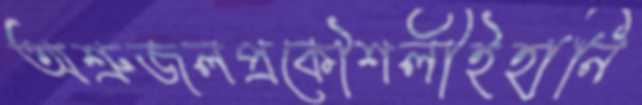
অশ্রুজলপ্রকৌশলীইহানি